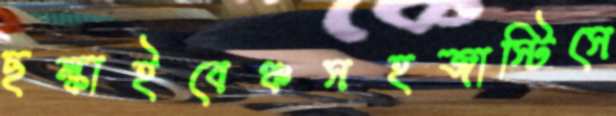
ছল্‌কাইবেঞ্চসহজাস্টিসে